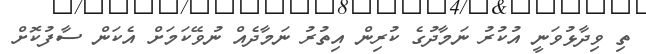
ތި ވިދާޅުވަނީ އުކުރު ނަމާދުގެ ކުރިން އިތުރު ނަމާދެއް ނުވޭކަމަށް އެކަން ސާފުކޮށް